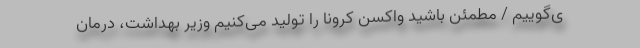
ی‌گوییم / مطمئن باشید واکسن کرونا را تولید می‌کنیم وزیر بهداشت، درمان